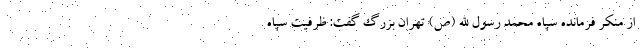
از منکر فرمانده سپاه محمد رسول الله (ص) تهران بزرگ گفت: ظرفیت سپاه